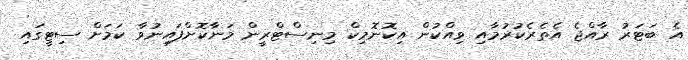
އެ ބަޓަރު ރާއްޖެ އެތެރެކުރުމާއި ވިއްކުން އިކޮނޮމިކް މިނިސްޓްރީން މަނާކޮށްފައިނުވާ ކަމަށް ސިޓީގައި